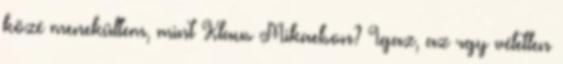
közé menekültem, mint Klaus Mikaelson? Igaz, az rgy véletlen